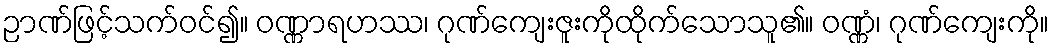
ဉာဏ်ဖြင့်သက်ဝင်၍။ ဝဏ္ဏာရဟဿ၊ ဂုဏ်ကျေးဇူးကိုထိုက်သောသူ၏။ ဝဏ္ဏံ၊ ဂုဏ်ကျေးကို။